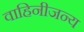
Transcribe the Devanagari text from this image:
वाहिनीजन्य